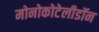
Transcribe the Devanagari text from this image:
मोनोकोटेलीडॉन